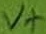
Text: V+